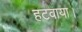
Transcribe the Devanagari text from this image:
हटवाया।